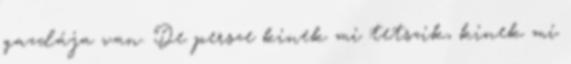
gazdája van. De persze kinek mi tetszik, kinek mi